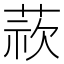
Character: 𮐁